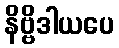
နိဗ္ဗိဒါယပေ